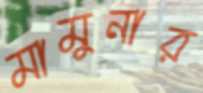
মামুনার